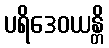
ပရိဒေဝယန္တိ